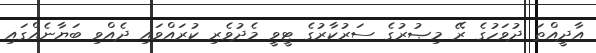
އާދީއްތަ ދުވަހުގެ ރޭ މިޞުރުގެ ސަރުކާރުގެ ޓީވީ މެދުވެރި ކުރައްވައި ދެއްވި ބަޔާނެއްގައި